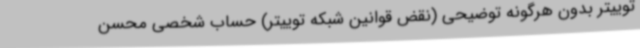
توییتر بدون هرگونه توضیحی (نقض قوانین شبکه توییتر) حساب شخصی محسن